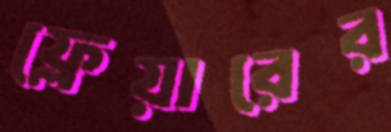
ফ্লেয়ারের